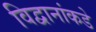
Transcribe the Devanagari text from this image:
विद्वानांकडे